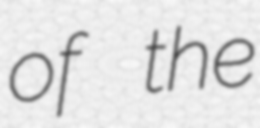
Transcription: of the